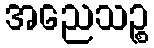
အညေသဉ္စ